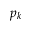
p _ { k }